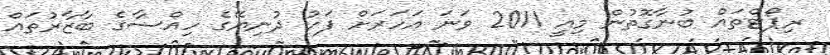
ރިޕޯޓްތައް ބުނާގޮތުން މިއީ 2011 ވަނަ އަހަރަށް ފަހު ދުނިޔޭގެ ހިއްސާގެ ބާޒާރުތައް